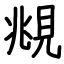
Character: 覜